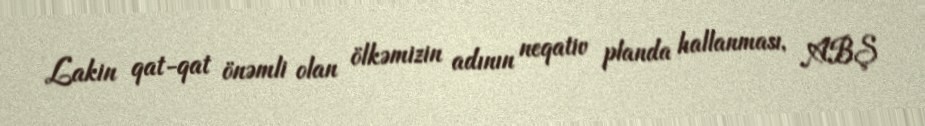
Lakin qat-qat önəmli olan ölkəmizin adının neqativ planda hallanması, ABŞ